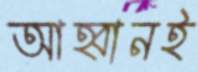
আহ্বানই